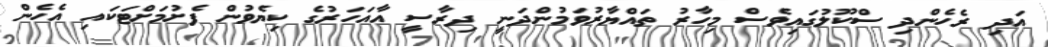
އަދި ރެހެންދި ސްކޫލުގައިވެސް މިހާރު ތައްޔާރުވަމުންދަނީ ދިރާސީ އާއަހަރުގެ ކިޔެވުން ފެށުމަށްޓަކައި އެހެން